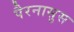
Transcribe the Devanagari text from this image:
पैरनासुस